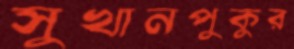
সুখানপুকুর